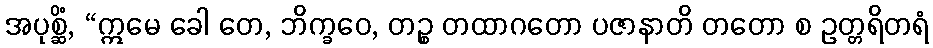
အပုစ္ဆိံ, “ဣမေ ခေါ တေ, ဘိက္ခဝေ, တဉ္စ တထာဂတော ပဇာနာတိ တတော စ ဥတ္တရိတရံ